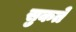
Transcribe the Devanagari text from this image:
सुकते